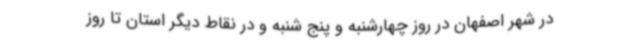
در شهر اصفهان در روز چهارشنبه و پنج شنبه و در نقاط دیگر استان تا روز